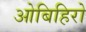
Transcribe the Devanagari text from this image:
ओबिहिरो